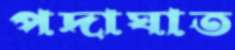
পদাঘাত